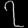
Digit: ၇